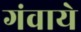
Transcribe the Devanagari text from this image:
गंवाये